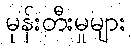
မုန်းတီးမှုများ